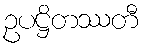
ဥပဋ္ဌိတဿတီ